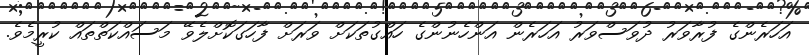
އަހަރެންގެ ފުރާވަރު ދުވަސްވަރު އަހަރެން އަންހެނުންގެ ހައްގުތަކަށް ވަރަށް ފާހަގަކޮށްލެވޭ މަސައްކަތްތައް ކުރީމެވެ.